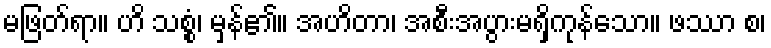
မဖြတ်ရာ။ ဟိ သစ္စံ၊ မှန်၏။ အဟိတာ၊ အစီးအပွားမရှိကုန်သော။ ဖဿာ စ၊